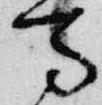
馬